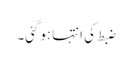
ضبط کی انتہا ہوگئی۔